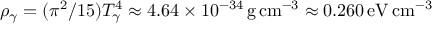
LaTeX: \rho _ { \gamma } = ( \pi ^ { 2 } / 1 5 ) T _ { \gamma } ^ { 4 } \approx 4 . 6 4 \times 1 0 ^ { - 3 4 } \, { \mathrm { g } } \, { \mathrm { c m } } ^ { - 3 } \approx 0 . 2 6 0 \, { \mathrm { e V } } \, { \mathrm { c m } } ^ { - 3 }